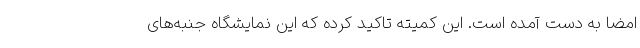
امضا به دست آمده است. این کمیته تاکید کرده که این نمایشگاه جنبه‌های